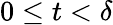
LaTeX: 0\leq t<\delta